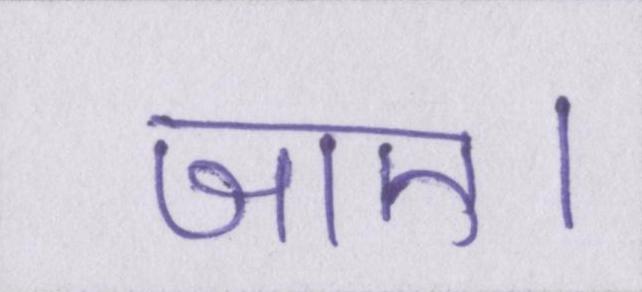
जाए।